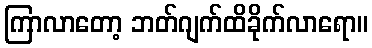
ကြာလာတော့ ဘတ်ဂျက်ထိခိုက်လာရော။